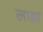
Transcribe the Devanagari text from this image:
लाझ